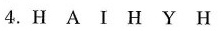
4.H A I H Y H